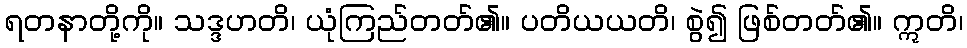
ရတနာတို့ကို။ သဒ္ဒဟတိ၊ ယုံကြည်တတ်၏။ ပတိယယတိ၊ စွဲ၍ ဖြစ်တတ်၏။ ဣတိ၊